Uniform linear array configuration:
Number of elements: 8
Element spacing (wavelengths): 0.5
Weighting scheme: cosine
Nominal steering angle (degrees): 15
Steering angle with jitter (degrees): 13.313
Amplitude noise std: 0.05
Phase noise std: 0.05

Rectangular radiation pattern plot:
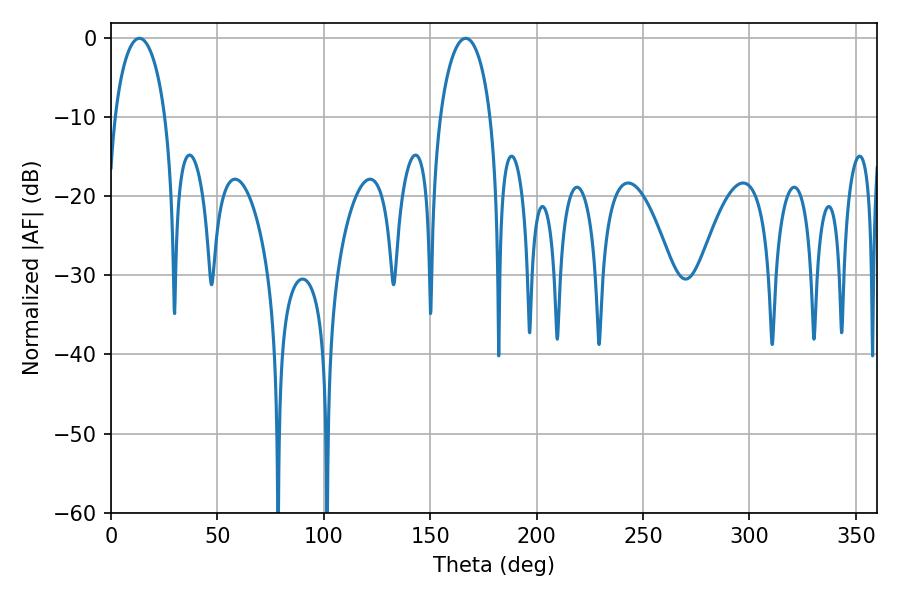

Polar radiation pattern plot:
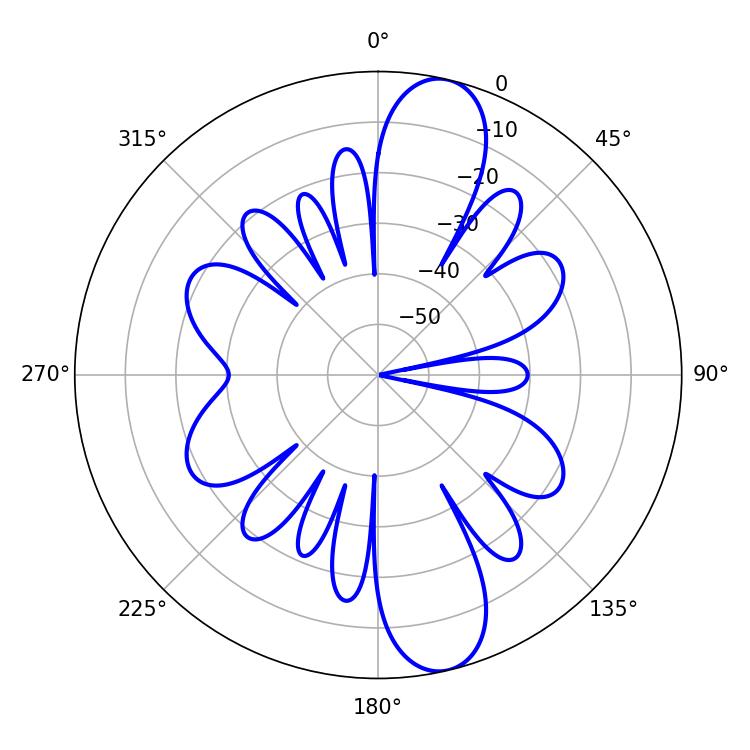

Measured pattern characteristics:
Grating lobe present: FALSE
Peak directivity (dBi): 12.417
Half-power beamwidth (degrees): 13.5
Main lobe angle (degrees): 13.32